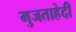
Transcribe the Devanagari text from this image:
मुजताहेदी